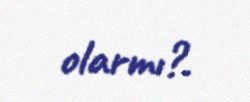
olarmı?.